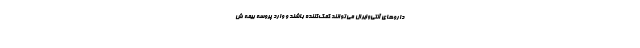
داروهای آنتی‌وایرال می‌توانند کمک‌کننده باشند و وارد پروسه بیمه ش